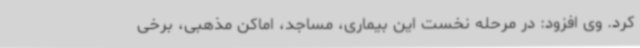
کرد. وی افزود: در مرحله نخست این بیماری، مساجد، اماکن مذهبی، برخی